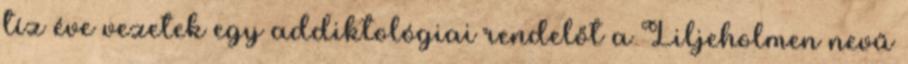
tíz éve vezetek egy addiktológiai rendelőt a Liljeholmen nevű